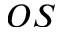
_ { O S }